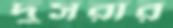
দুসরার